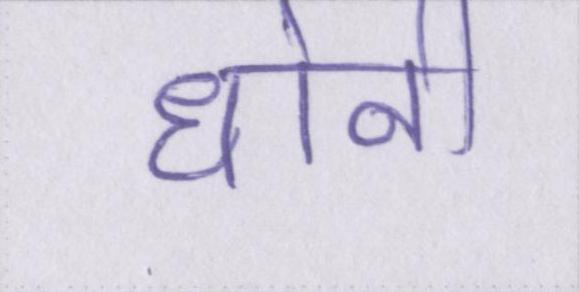
धोनी